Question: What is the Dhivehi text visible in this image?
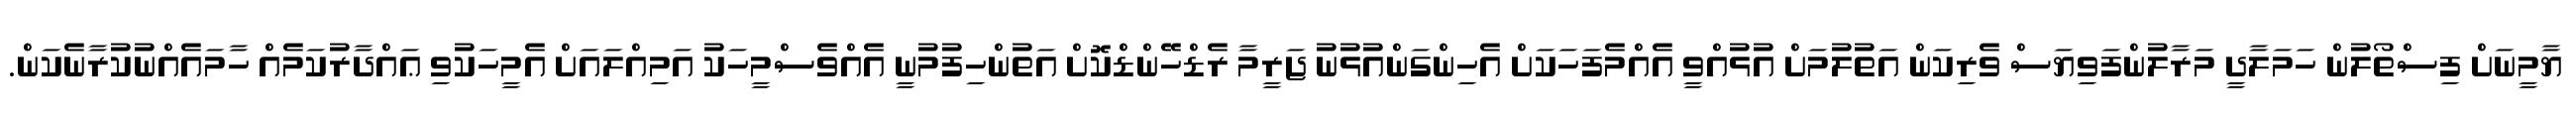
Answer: ޔާމީނަށް ފިސްތޯލުން ހަމަލާދީ މަރާލުންފަވިޔަސް ވެރިކަން އަތުލުމަށް އުޅުއްވީ އެއްމެފަހަކަށް އެހިންގަންއުޅުނު ޖަރީމާ ރެޑްހޭންޑްކޮށް އަތުންހިފުމުނީ އެއްވެސްމީހަކު އަމިއްލައަށް އެމީހަކުވި ޢައްދާރުކަމެއް ހާމައެއްނުކުރާނެކަން.